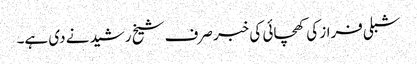
شبلی فراز کی کھچائی کی خبر صرف شیخ رشید نے دی ہے۔